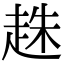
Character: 趎